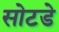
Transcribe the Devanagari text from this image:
सोटडे